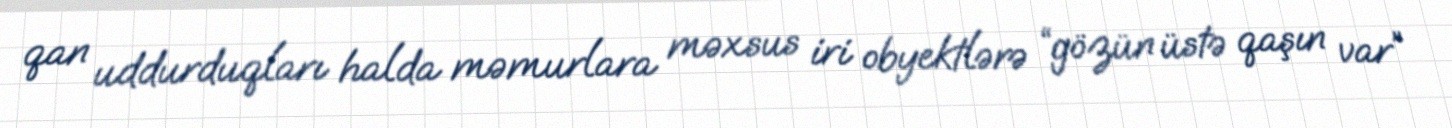
qan uddurduqları halda məmurlara məxsus iri obyektlərə “gözün üstə qaşın var”